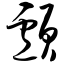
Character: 颅